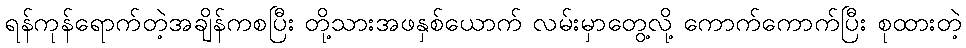
ရန်ကုန်ရောက်တဲ့အချိန်ကစပြီး တို့သားအဖနှစ်ယောက် လမ်းမှာတွေ့လို့ ကောက်ကောက်ပြီး စုထားတဲ့